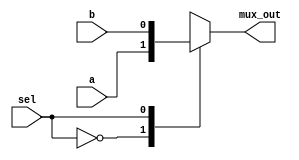
module mux21 (a,b,sel,mux_out);
    input a,b,sel;
    output reg mux_out;
   

    always @(*) begin
        case (sel)
            1'b0: mux_out = a;
            1'b1: mux_out = b; 
            default: mux_out = 0;
        endcase     
    end
endmodule